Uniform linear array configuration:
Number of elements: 12
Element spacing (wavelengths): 0.5
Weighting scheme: kaiser
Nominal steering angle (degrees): -15
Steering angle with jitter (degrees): -14.492
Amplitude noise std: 0.05
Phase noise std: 0.05

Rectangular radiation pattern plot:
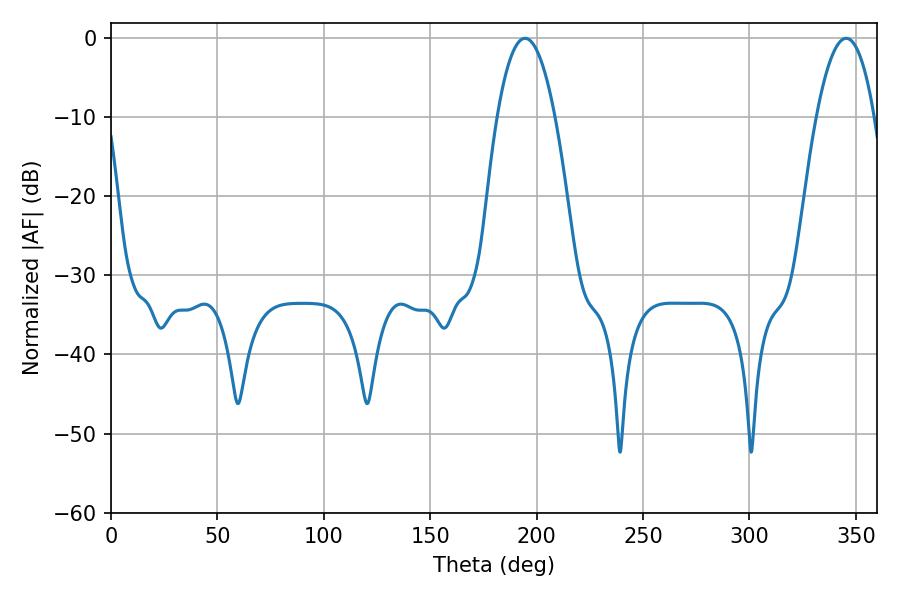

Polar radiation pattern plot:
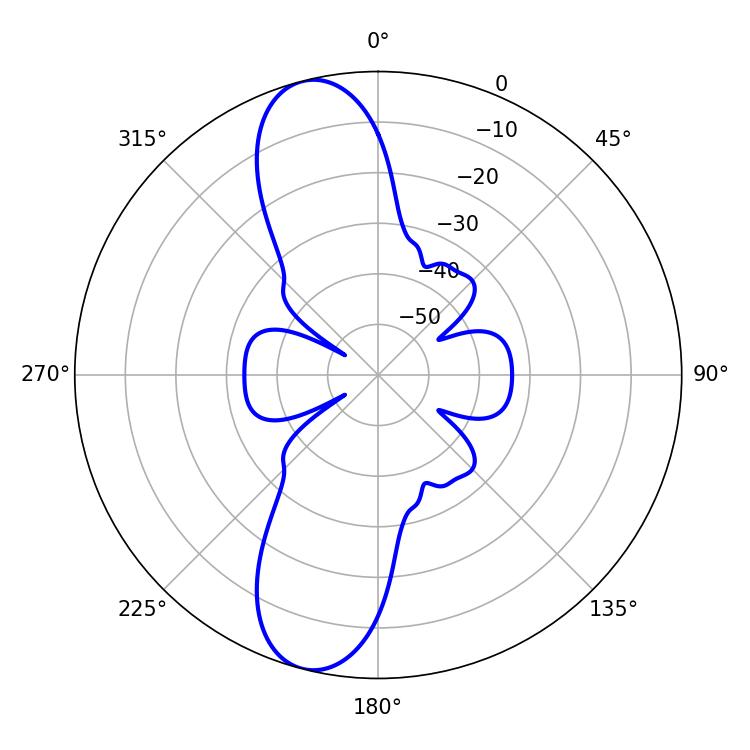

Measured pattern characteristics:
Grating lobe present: FALSE
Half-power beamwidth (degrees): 14.94
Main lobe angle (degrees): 194.58